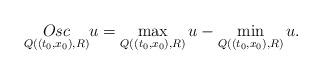
LaTeX: \begin{align*}\underset{Q((t_{0},x_{0}),R)}{Osc}u=\max_{Q((t_{0},x_{0}),R)}u-\min_{Q((t_{0},x_{0}),R)}u.\end{align*}